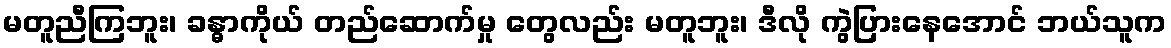
မတူညီကြဘူး၊ ခန္ဓာကိုယ် တည်ဆောက်မှု တွေလည်း မတူဘူး၊ ဒီလို ကွဲပြားနေအောင် ဘယ်သူက